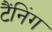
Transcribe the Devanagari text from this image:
टैंनिंग